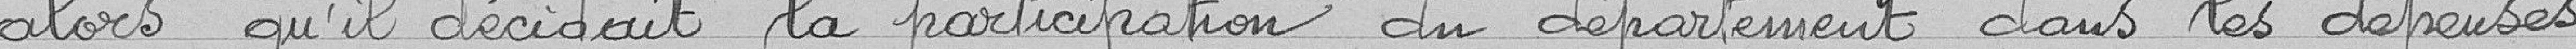
alors qu'il décidait la participation du département dans les dépenses